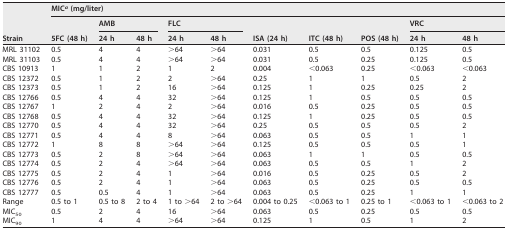
<table><thead><tr><td rowspan="3"><b>Strain</b></td><td colspan="10"><b>MIC<i><sup>a</sup></i> (mg/liter)</b></td></tr><tr><td rowspan="2"><b>5FC (48 h)</b></td><td colspan="2"><b>AMB</b></td><td colspan="2"><b>FLC</b></td><td rowspan="2"><b>ISA (24 h)</b></td><td rowspan="2"><b>ITC (48 h)</b></td><td rowspan="2"><b>POS (48 h)</b></td><td colspan="2"><b>VRC</b></td></tr><tr><td><b>24 h</b></td><td><b>48 h</b></td><td><b>24 h</b></td><td><b>48 h</b></td><td><b>24 h</b></td><td><b>48 h</b></td></tr></thead><tbody><tr><td>MRL 31102</td><td>0.5</td><td>4</td><td>4</td><td>&gt;64</td><td>&gt;64</td><td>0.031</td><td>0.5</td><td>0.5</td><td>0.125</td><td>0.5</td></tr><tr><td>MRL 31103</td><td>0.5</td><td>4</td><td>4</td><td>&gt;64</td><td>&gt;64</td><td>0.031</td><td>0.5</td><td>0.25</td><td>0.125</td><td>0.5</td></tr><tr><td>CBS 10913</td><td>1</td><td>1</td><td>2</td><td>1</td><td>2</td><td>0.004</td><td>&lt;0.063</td><td>0.25</td><td>&lt;0.063</td><td>&lt;0.063</td></tr><tr><td>CBS 12372</td><td>0.5</td><td>1</td><td>2</td><td>2</td><td>&gt;64</td><td>0.25</td><td>1</td><td>1</td><td>0.5</td><td>2</td></tr><tr><td>CBS 12373</td><td>0.5</td><td>1</td><td>2</td><td>16</td><td>&gt;64</td><td>0.125</td><td>1</td><td>0.25</td><td>0.25</td><td>2</td></tr><tr><td>CBS 12766</td><td>0.5</td><td>4</td><td>4</td><td>32</td><td>&gt;64</td><td>0.125</td><td>1</td><td>0.5</td><td>0.5</td><td>0.5</td></tr><tr><td>CBS 12767</td><td>1</td><td>2</td><td>4</td><td>2</td><td>&gt;64</td><td>0.016</td><td>0.5</td><td>0.25</td><td>0.5</td><td>0.5</td></tr><tr><td>CBS 12768</td><td>0.5</td><td>4</td><td>4</td><td>32</td><td>&gt;64</td><td>0.125</td><td>1</td><td>0.25</td><td>0.5</td><td>0.5</td></tr><tr><td>CBS 12770</td><td>0.5</td><td>4</td><td>4</td><td>32</td><td>&gt;64</td><td>0.25</td><td>0.5</td><td>0.5</td><td>0.5</td><td>2</td></tr><tr><td>CBS 12771</td><td>0.5</td><td>4</td><td>4</td><td>8</td><td>&gt;64</td><td>0.063</td><td>0.5</td><td>0.5</td><td>1</td><td>1</td></tr><tr><td>CBS 12772</td><td>1</td><td>8</td><td>8</td><td>&gt;64</td><td>&gt;64</td><td>0.125</td><td>0.5</td><td>0.5</td><td>0.5</td><td>1</td></tr><tr><td>CBS 12773</td><td>0.5</td><td>2</td><td>8</td><td>&gt;64</td><td>&gt;64</td><td>0.063</td><td>1</td><td>1</td><td>0.5</td><td>0.5</td></tr><tr><td>CBS 12774</td><td>0.5</td><td>2</td><td>4</td><td>&gt;64</td><td>&gt;64</td><td>0.063</td><td>0.5</td><td>0.5</td><td>1</td><td>2</td></tr><tr><td>CBS 12775</td><td>0.5</td><td>2</td><td>4</td><td>1</td><td>&gt;64</td><td>0.016</td><td>0.5</td><td>0.25</td><td>0.5</td><td>2</td></tr><tr><td>CBS 12776</td><td>0.5</td><td>2</td><td>4</td><td>1</td><td>&gt;64</td><td>0.063</td><td>0.5</td><td>0.25</td><td>0.5</td><td>0.5</td></tr><tr><td>CBS 12777</td><td>0.5</td><td>0.5</td><td>4</td><td>1</td><td>&gt;64</td><td>0.063</td><td>0.5</td><td>0.25</td><td>1</td><td>1</td></tr><tr><td>Range</td><td>0.5 to 1</td><td>0.5 to 8</td><td>2 to 4</td><td>1 to &gt;64</td><td>2 to &gt;64</td><td>0.004 to 0.25</td><td>&lt;0.063 to 1</td><td>0.25 to 1</td><td>&lt;0.063 to 1</td><td>&lt;0.063 to 2</td></tr><tr><td>MIC<sub>50</sub></td><td>0.5</td><td>2</td><td>4</td><td>16</td><td>&gt;64</td><td>0.063</td><td>0.5</td><td>0.25</td><td>0.5</td><td>0.5</td></tr><tr><td>MIC<sub>90</sub></td><td>1</td><td>4</td><td>4</td><td>&gt;64</td><td>&gt;64</td><td>0.125</td><td>1</td><td>0.5</td><td>1</td><td>2</td></tr></tbody></table>